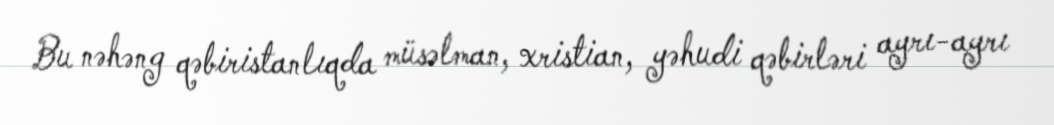
Bu nəhəng qəbiristanlıqda müsəlman, xristian, yəhudi qəbirləri ayrı-ayrı